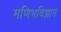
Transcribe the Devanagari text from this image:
मणिभविज्ञान